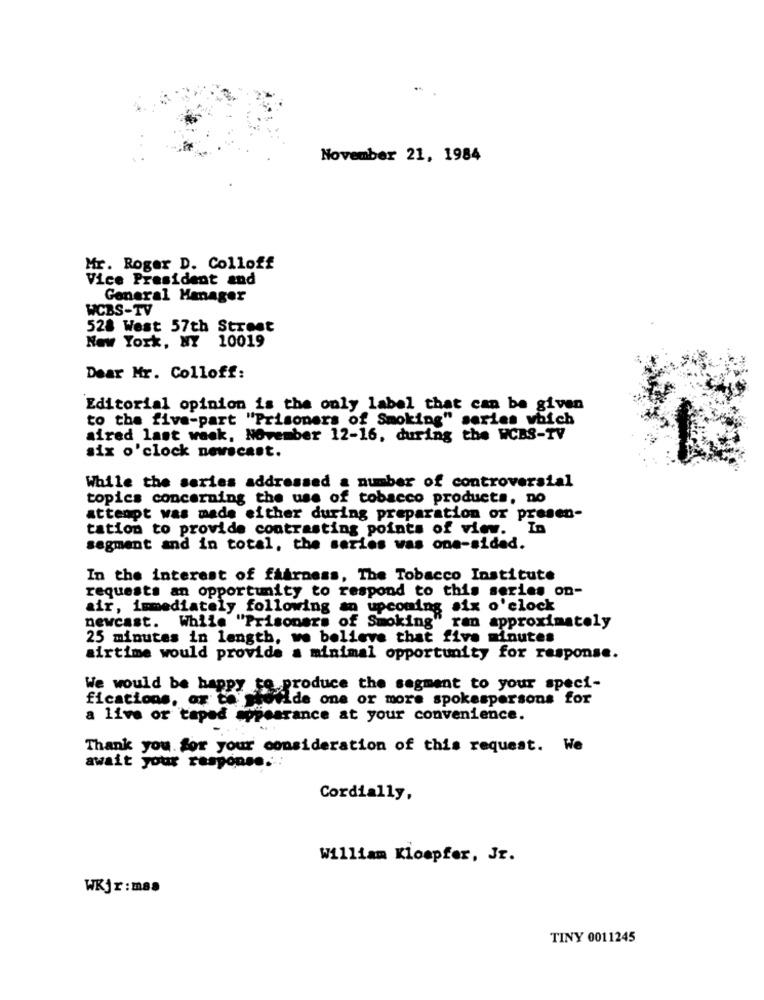
November 21, 1984
Mr. Roger D. Colloff
Vice President and
General Manager
WCBS-TV
528 West 57th Street
New York, NY 10019
Dear Mr. Colloff:
Editorial opinion is the only label that can be given
to the five-part "Prisoners of Smoking" series which
aired last week, November 12-16, during the WCBS-TV
six o'clock newscast.
While the series addressed a number of controversial
topics concerning the use of tobacco products, no
attempt was made either during preparation or presen-
tation to provide contrasting points of view. In
segment and in total, the series was one-sided.
In the interest of fairness, The Tobacco Institute
requests an opportunity to respond to this series on-
air, immediately following an upcoming six o'clock
newcast. While "Prisoners of Smoking" ran approximately
25 minutes in length, we believe that five minutes
airtime would provide a minimal opportunity for response.
We would be happy to produce the segment to your speci-
fications, or to Thefide one or more spokespersons for
a live or taped appearance at your convenience.
Thank you for your consideration of this request. We
await your response ..
Cordially,
William Kloepfer, Jr.
WKjr:mas
TINY 0011245